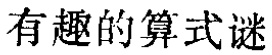
有趣的算式谜